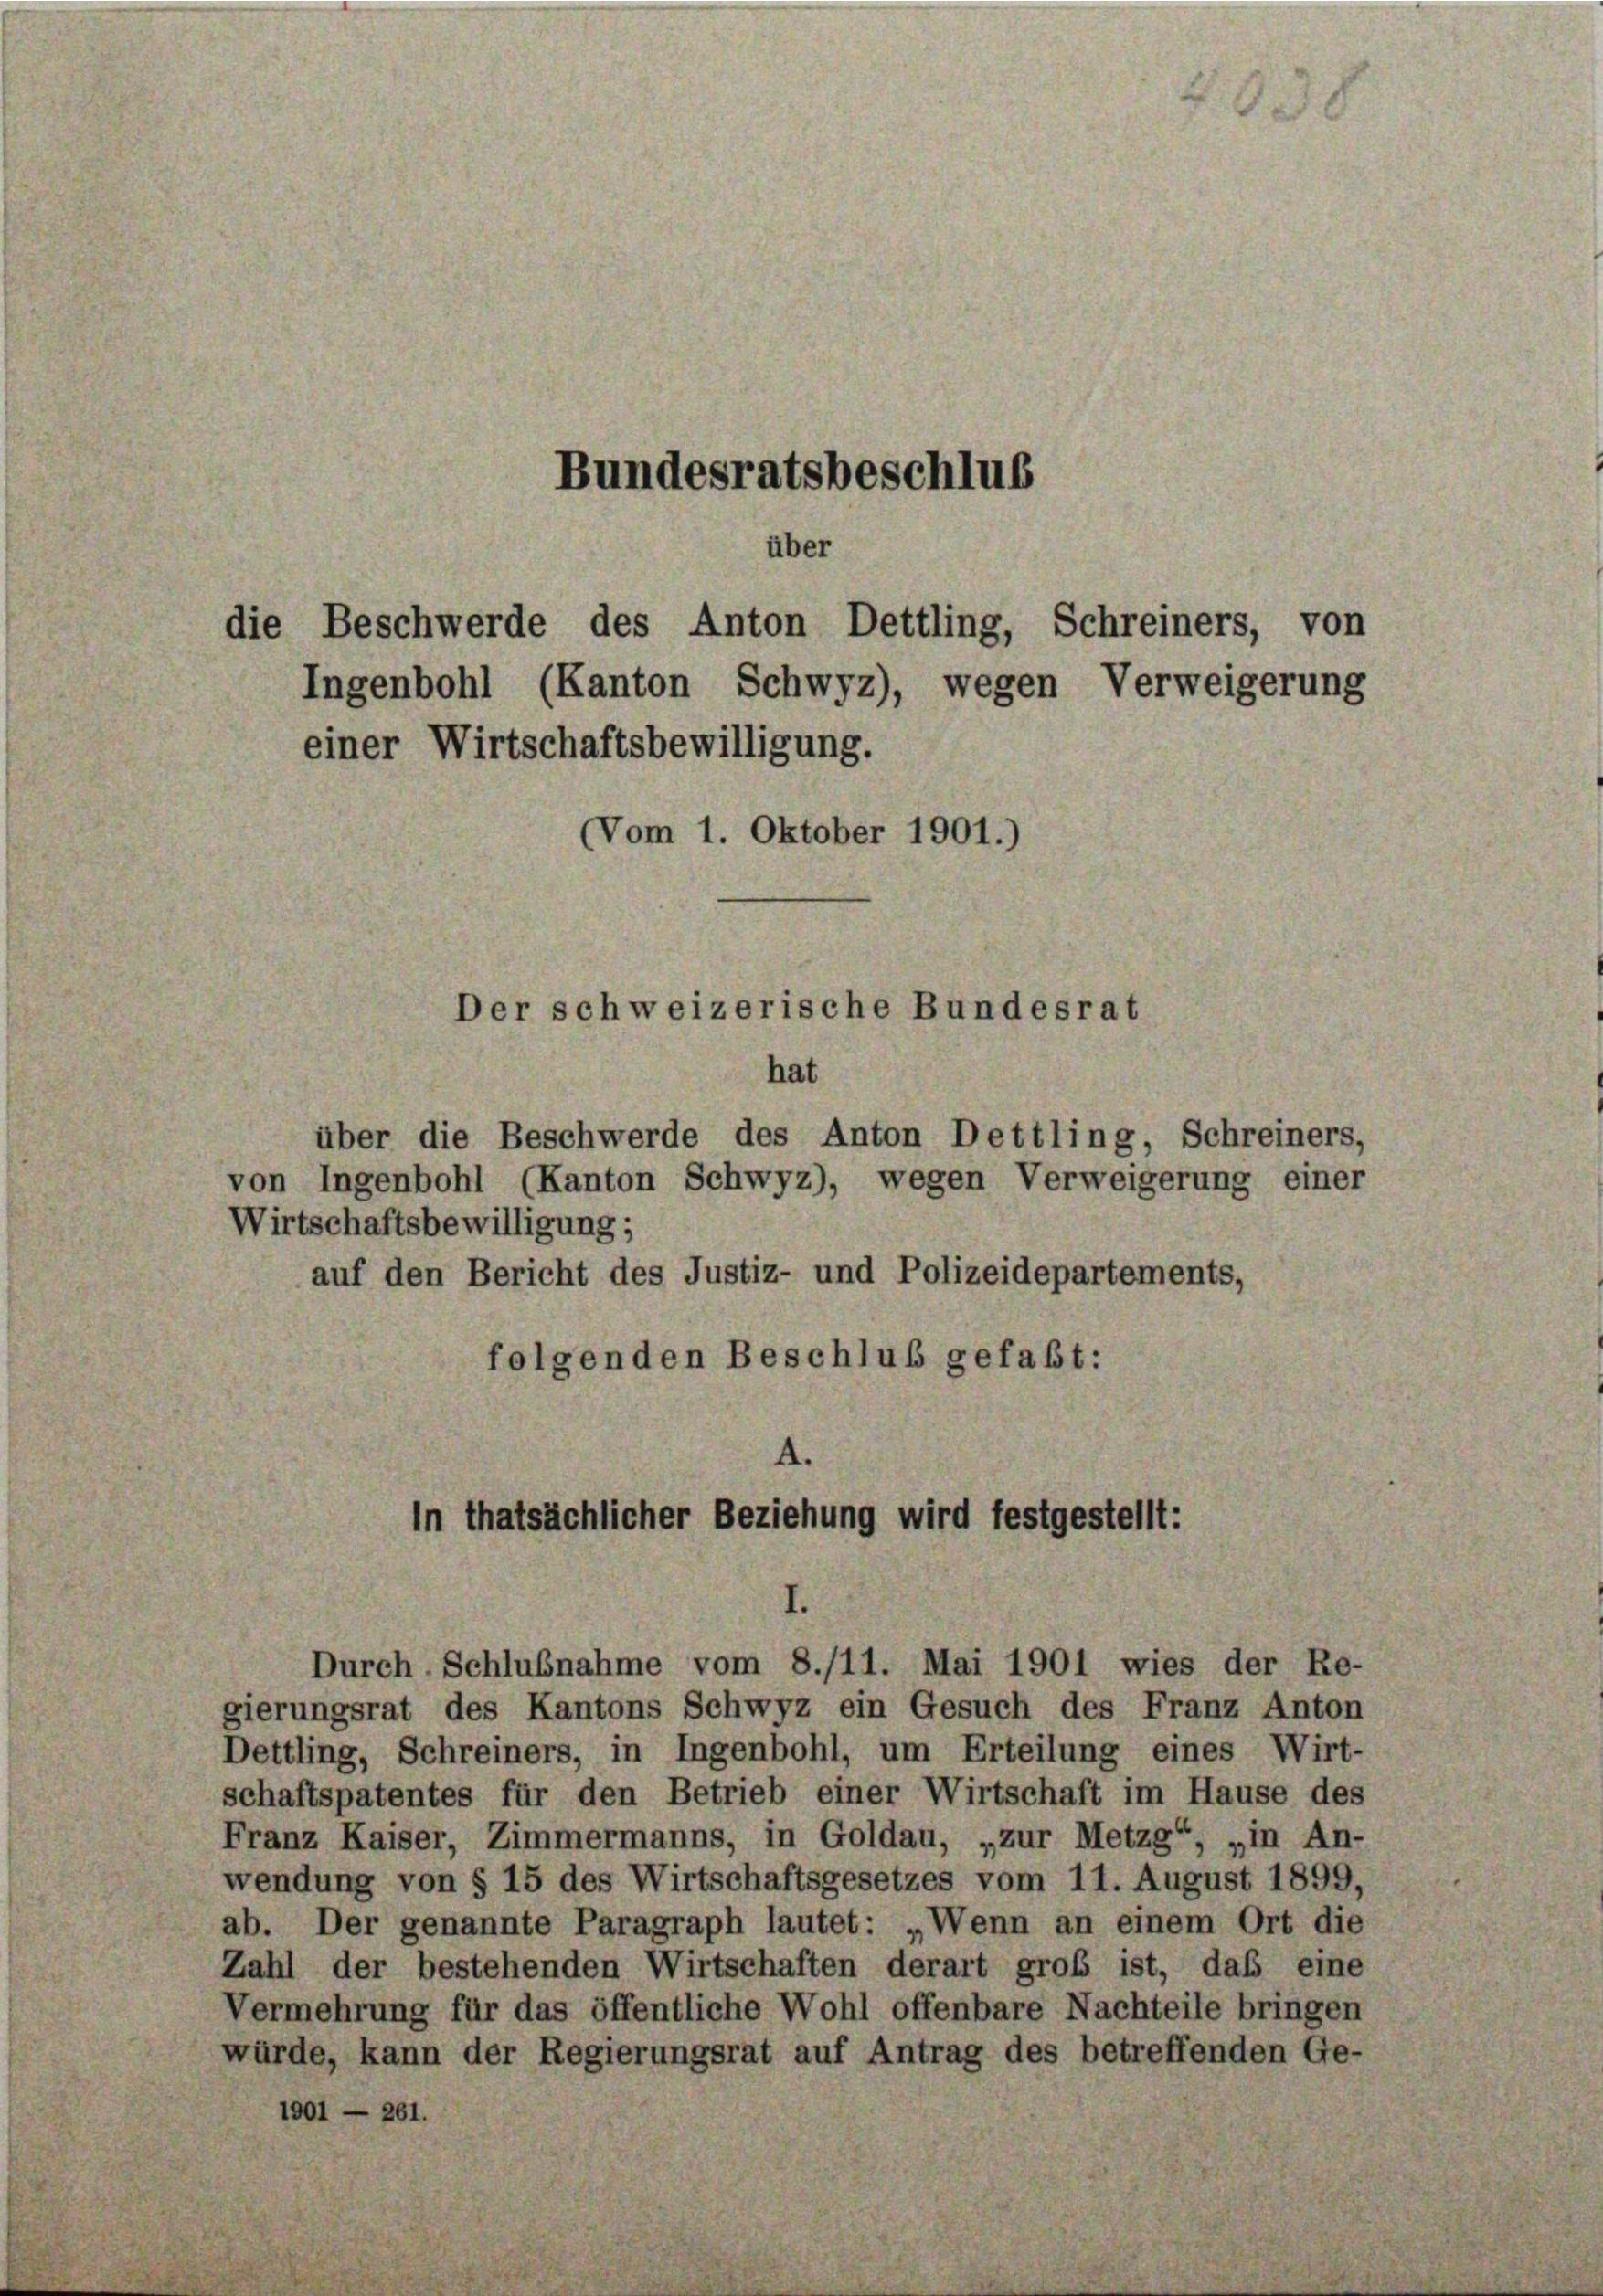
Ingenbohl (Kanton Schwyz), wegen Verweigerung
einer Wirtschaftsbewilligung.
(Vom 1. Oktober 1901.)

Bundesratsbeschlus

über
die Beschwerde des Anton Dettling, Schreiners, von

Der schweizerische Bundesrat

hat
über die Beschwerde des Anton Dettling, Schreiners,
von Ingenbohl (Kanton Schwyz), wegen Verweigerung einer
Wirtschaftsbewilligung;
auf den Bericht des Justiz- und Polizeidepartements,
folgenden Beschluß gefaßt:

In thatsächlicher Beziehung wird festgestellt:
I.
Durch Schlußnahme vom 8./11. Mai 1901 wies der Re-

gierungsrat des Kantons Schwyz ein Gesuch des Franz Anton
Dettling, Schreiners, in Ingenbohl, um Erteilung eines Wirt-
schaftspatentes für den Betrieb einer Wirtschaft im Hause des
Franz Kaiser, Zimmermanns, in Goldau, „zur Metzg“, „in An-
wendung von § 15 des Wirtschaftsgesetzes vom 11. August 1899,
ab. Der genannte Paragraph lautet: „Wenn an einem Ort die
Zahl der bestehenden Wirtschaften derart groß ist, das eine
Vermehrung für das öffentliche Wohl offenbare Nachteile bringen
würde, kann der Regierungsrat auf Antrag des betreffenden Ge-
1901 — 261.